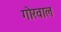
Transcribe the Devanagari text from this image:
गोरवाल